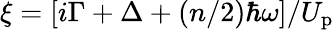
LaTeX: \xi=[i\Gamma+\Delta+(n/2)\hbar\omega]/U_{\mathrm{p}}